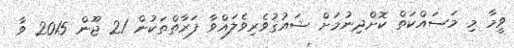
ވީމާ މި މަސައްކަތް ކޮށްދިނުމަށް ޝައުޤުވެރިވެލައްވާ ފަރާތްތަކުން 21 ޖޫން 2015 ވާ